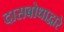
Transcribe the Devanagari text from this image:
दासबोधाद्वारे